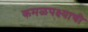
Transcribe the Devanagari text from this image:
कमळपक्ष्याची